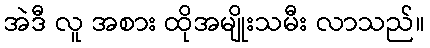
အဲဒီ လူ အစား ထိုအမျိုးသမီး လာသည်။